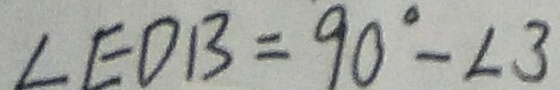
\angle E D B = 9 0 ^ { \circ } - \angle 3